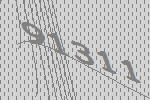
91311